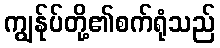
ကျွန်ုပ်တို့၏စက်ရုံသည်